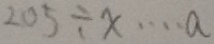
2 0 5 \div x \cdots a